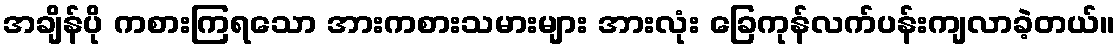
အချိန်ပို ကစားကြရသော အားကစားသမားများ အားလုံး ခြေကုန်လက်ပန်းကျလာခဲ့တယ်။